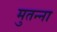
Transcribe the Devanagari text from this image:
मुतन्ना